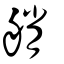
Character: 艄